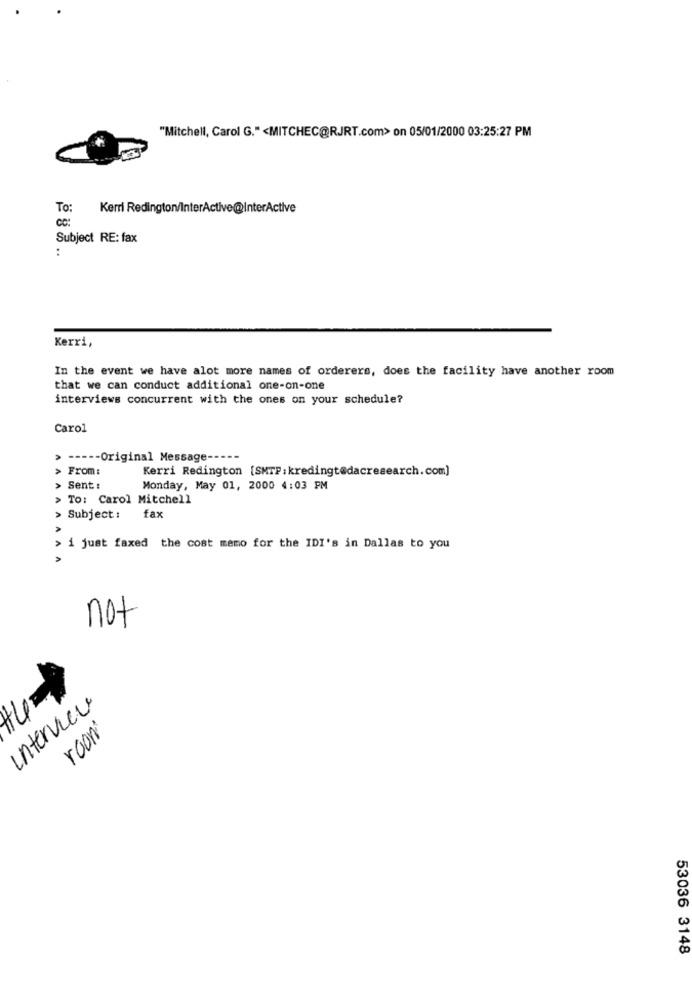
"Mitchell, Carol G." <MITCHEC@RJRT.com> on 05/01/2000 03:25:27 PM
To:
Kerri Redington/InterActive@InterActive
Subject RE: fax
:
Kerri,
In the event we have alot more names of orderers, does the facility have another room
that we can conduct additional one-on-one
interviews concurrent with the ones on your schedule?
Carol
----- Original Message -----
From:
Kerri Redington [SMTP : kredingt@dacresearch.com]
ANA
Sent :
Monday, May 01, 2000 4:03 PM
> To: Carol Mitchell
> Subject :
fax
i just faxed the cost memo for the IDI's in Dallas to you
not
interview
room
53036 3148